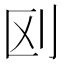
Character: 𠛅